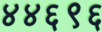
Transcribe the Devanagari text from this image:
४४६९६